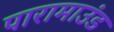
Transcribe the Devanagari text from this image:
पारामाउंड